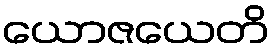
ယောဇယေတိ